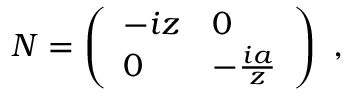
{ \cal N } = \left( \begin{array} { l l } { { - i z } } & { { 0 } } \\ { { 0 } } & { { - \frac { i a } { z } } } \end{array} \right) \ ,